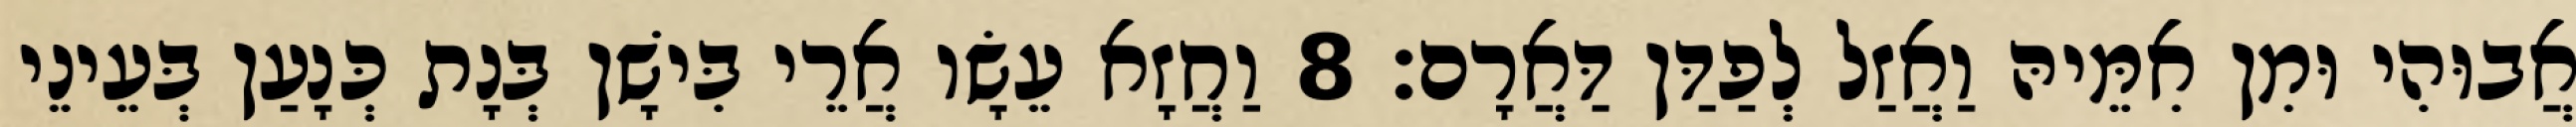
אֲבוּהִי וּמִן אִמֵּיהּ וַאֲזַל לְפַדַּן דַּאֲרָם׃ 8 וַחֲזָא עֵשָׂו אֲרֵי בִּישָׁן בְּנָת כְּנָעַן בְּעֵינֵי